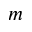
m